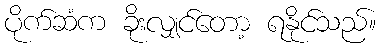
ပိုက်ဆံက ခိုးလျှင်တော့ ရနိုင်သည်။